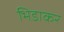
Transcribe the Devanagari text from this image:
भिडाकर